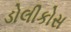
ડોલીકોસ